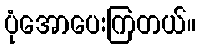
ပုံအောပေးကြတယ်။